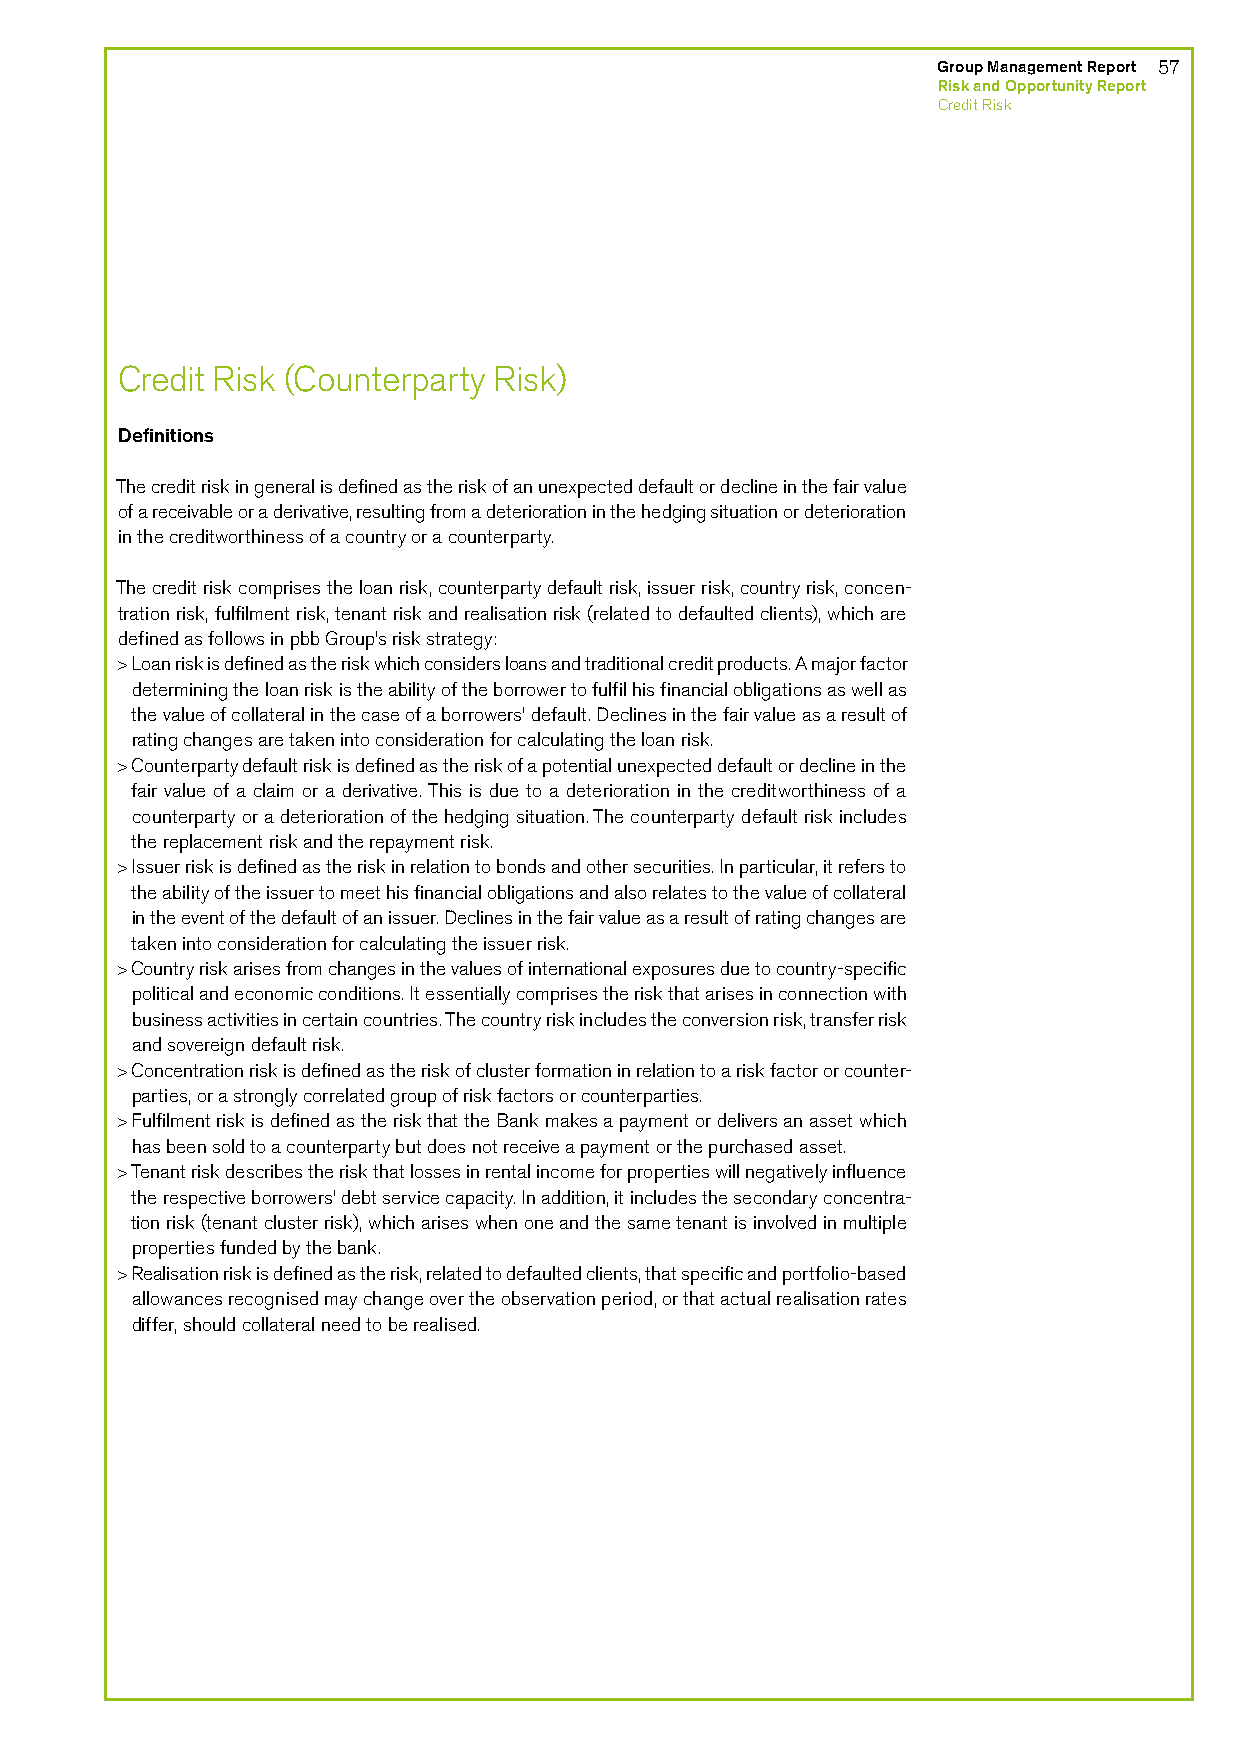
Group Management Report 57
 Risk and Opportunity Report
 Credit Risk
 Credit Risk (Counterparty Risk)
 Definitions
 The credit risk in general is defined as the risk of an unexpected default or decline in the fair value
 of a receivable or a derivative, resulting from a deterioration in the hedging situation or deterioration
 in the creditworthiness of a country or a counterparty.
 The credit risk comprises the loan risk, counterparty default risk, issuer risk, country risk, concen-
 tration risk, fulfilment risk, tenant risk and realisation risk (related to defaulted clients), which are
 defined as follows in pbb Group’s risk strategy:
 > Loan risk is defined as the risk which considers loans and traditional credit products. A major factor
 determining the loan risk is the ability of the borrower to fulfil his financial obligations as well as
 the value of collateral in the case of a borrowers’ default. Declines in the fair value as a result of
 rating changes are taken into consideration for calculating the loan risk.
 > Counterparty default risk is defined as the risk of a potential unexpected default or decline in the
 fair value of a claim or a derivative. This is due to a deterioration in the creditworthiness of a
 counterparty or a deterioration of the hedging situation. The counterparty default risk includes
 the replacement risk and the repayment risk.
 > Issuer risk is defined as the risk in relation to bonds and other securities. In particular, it refers to
 the ability of the issuer to meet his financial obligations and also relates to the value of collateral
 in the event of the default of an issuer. Declines in the fair value as a result of rating changes are
 taken into consideration for calculating the issuer risk.
 > Country risk arises from changes in the values of international exposures due to country-specific
 political and economic conditions. It essentially comprises the risk that arises in connection with
 business activities in certain countries. The country risk includes the conversion risk, transfer risk
 and sovereign default risk.
 > Concentration risk is defined as the risk of cluster formation in relation to a risk factor or counter-
 parties, or a strongly correlated group of risk factors or counterparties.
 > Fulfilment risk is defined as the risk that the Bank makes a payment or delivers an asset which
 has been sold to a counterparty but does not receive a payment or the purchased asset.
 > Tenant risk describes the risk that losses in rental income for properties will negatively influence
 the respective borrowers’ debt service capacity. In addition, it includes the secondary concentra-
 tion risk (tenant cluster risk), which arises when one and the same tenant is involved in multiple
 properties funded by the bank.
 > Realisation risk is defined as the risk, related to defaulted clients, that specific and portfolio-based
 allowances recognised may change over the observation period, or that actual realisation rates
 differ, should collateral need to be realised.